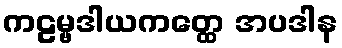
ကဠမ္ဗဒါယကတ္ထေ အပဒါန